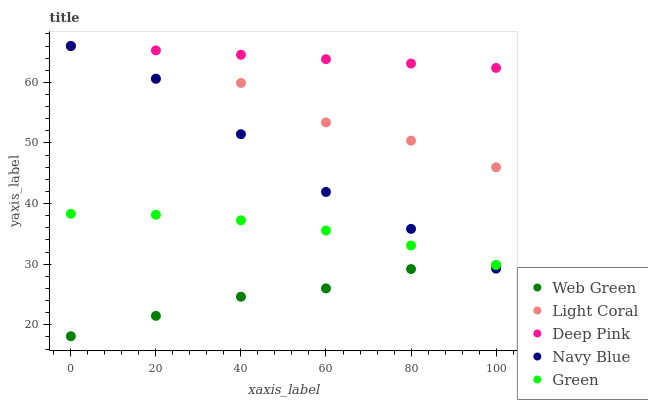
| xaxis_label | Web Green | Light Coral | Deep Pink | Navy Blue | Green |
 | --- | --- | --- | --- | --- | --- |
 | 0 | 18.1 | 66 | 66 | 66 | 38.3 |
 | 20 | 21.5 | 60.5 | 65.3 | 60.6 | 38.2 |
 | 40 | 24.6 | 59.9 | 64.6 | 51.5 | 37.2 |
 | 60 | 26 | 53.4 | 63.8 | 41.9 | 35.6 |
 | 80 | 29.2 | 50.4 | 63.1 | 35.8 | 33.1 |
 | 100 | 29.8 | 46 | 62.4 | 29.3 | 29.9 |